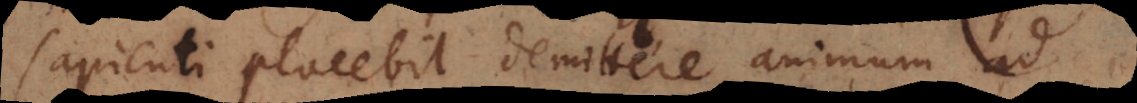
sapienti placebit demittere animum ad